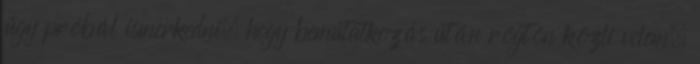
úgy próbál ismerkedni, hogy bemutatkozás után rögtön közli velem,